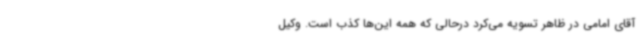
آقای امامی در ظاهر تسویه می‌کرد درحالی که همه این‌ها کذب است. وکیل